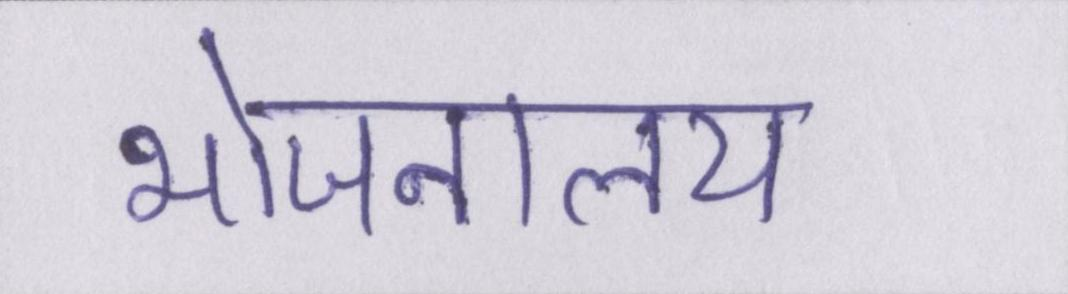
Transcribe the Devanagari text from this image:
भोजनालय